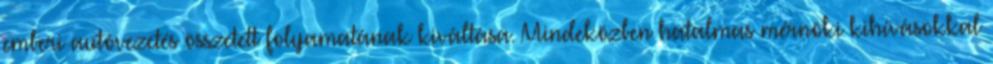
emberi autóvezetés összetett folyamatának kiváltása. Mindeközben hatalmas mérnöki kihívásokkal